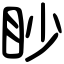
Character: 眇